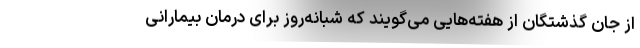
از جان گذشتگان از هفته‌هایی می‌گویند که شبانه‌روز برای درمان بیمارانی